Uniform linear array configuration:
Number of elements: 48
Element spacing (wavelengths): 0.25
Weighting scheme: cosine
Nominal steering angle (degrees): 30
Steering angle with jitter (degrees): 30.647
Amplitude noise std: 0.05
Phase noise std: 0.05

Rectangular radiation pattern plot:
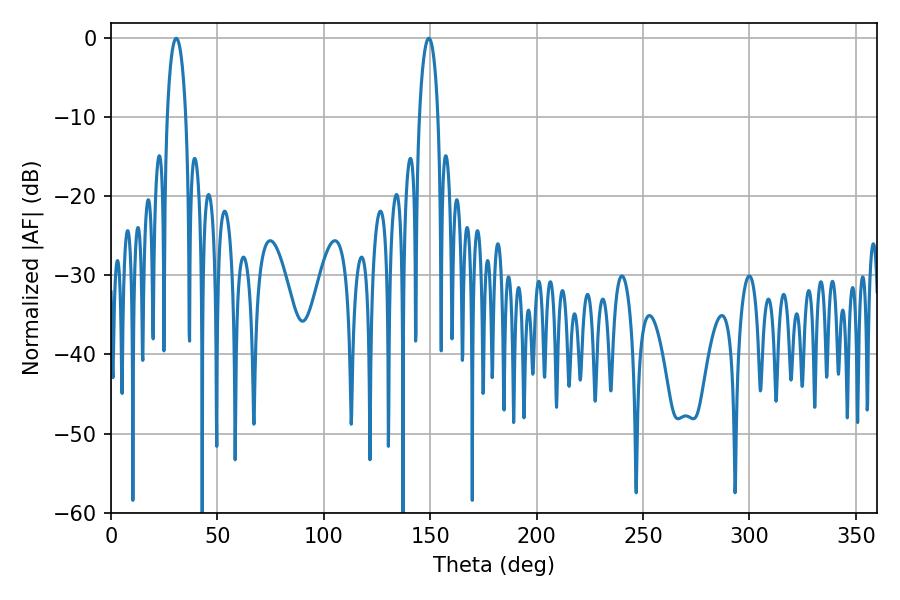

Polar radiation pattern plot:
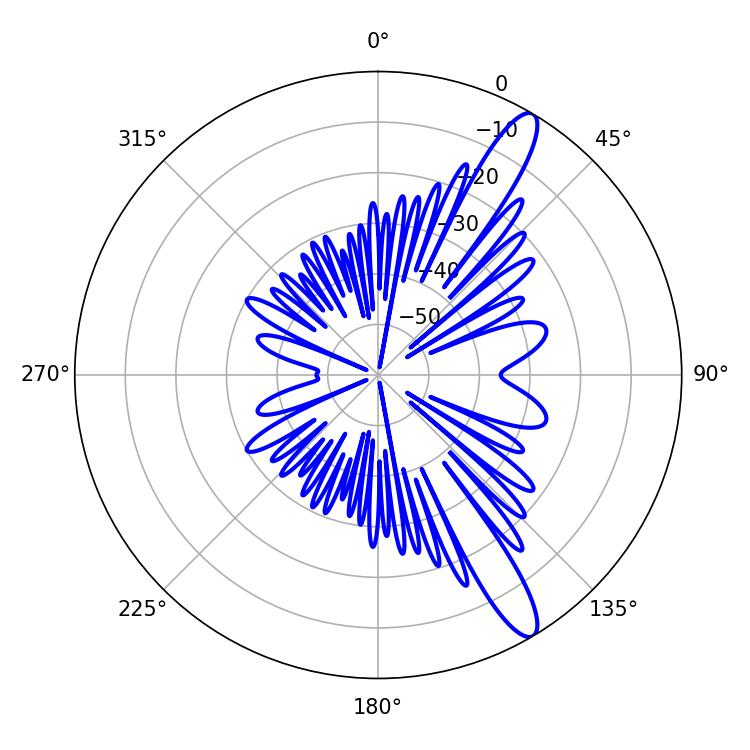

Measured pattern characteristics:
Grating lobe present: FALSE
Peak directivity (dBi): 13.012
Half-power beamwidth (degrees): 4.86
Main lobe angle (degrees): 30.6